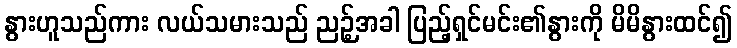
နွားဟူသည်ကား လယ်သမားသည် ညဉ့်အခါ ပြည့်ရှင်မင်း၏နွားကို မိမိနွားထင်၍